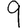
Digit: 9